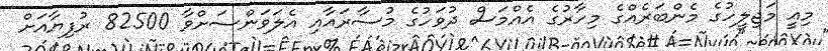
މިއީ މަޖިލީހުގެ މެންބަރެއްގެ މިހާރުގެ އެއްމަސް ދުވަހުގެ މުސާރައާއި އެލަވަންސަށްވާ 82500 ރުފިޔާއަށް